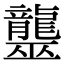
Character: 𪚠